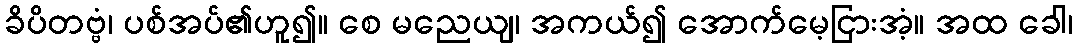
ခိပိတဗ္ဗံ၊ ပစ်အပ်၏ဟူ၍။ စေ မညေယျ၊ အကယ်၍ အောက်မေ့ငြားအံ့။ အထ ခေါ၊